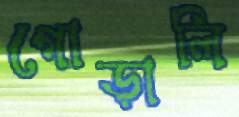
গোড়ালি